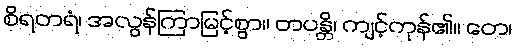
စိရတရံ၊ အလွန်ကြာမြင့်စွာ။ တပန္တိ၊ ကျင့်ကုန်၏။ တေ၊